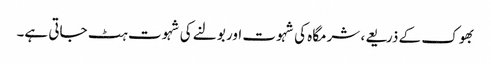
بھوک کے ذریعے، شرمگاہ کی شہوت اور بولنے کی شہوت ہٹ جاتی ہے۔